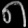
Digit: ၈